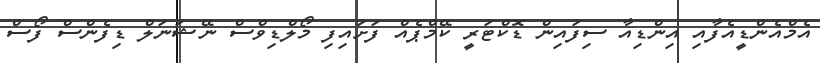
އެމްއެންޑީއެފާއި އިންޑިއާ ސިފައިން ޑޮކްޓަރީ ކޭމްޕެއް ފަށައިފި މޯލްޑިވްސް ނޭޝަނަލް ޑިފެންސް ފޯސް